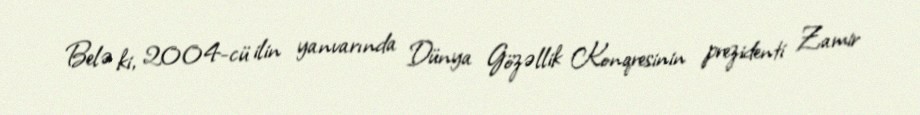
Belə ki, 2004-cü ilin yanvarında Dünya Gözəllik Konqresinin prezidenti Zamir